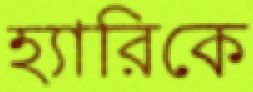
হ্যারিকে